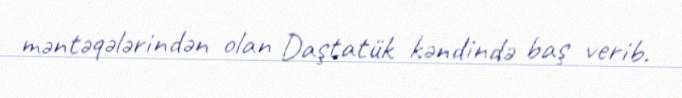
məntəqələrindən olan Daştatük kəndində baş verib.